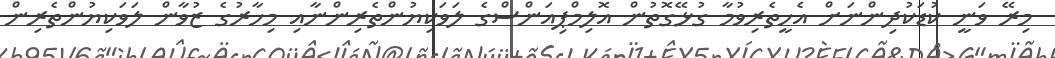
މިރޭ ވަނީ ކުޑަކުދިންނަށް އެހީތެރިވުމާ ގުޅޭގޮތުން އޮލިމްޕިއަންސްގެ ލަވަކިޔުންތެރިންނާއި މިހާރުގެ ޒުވާން ލަވަކިޔުންތެރިން